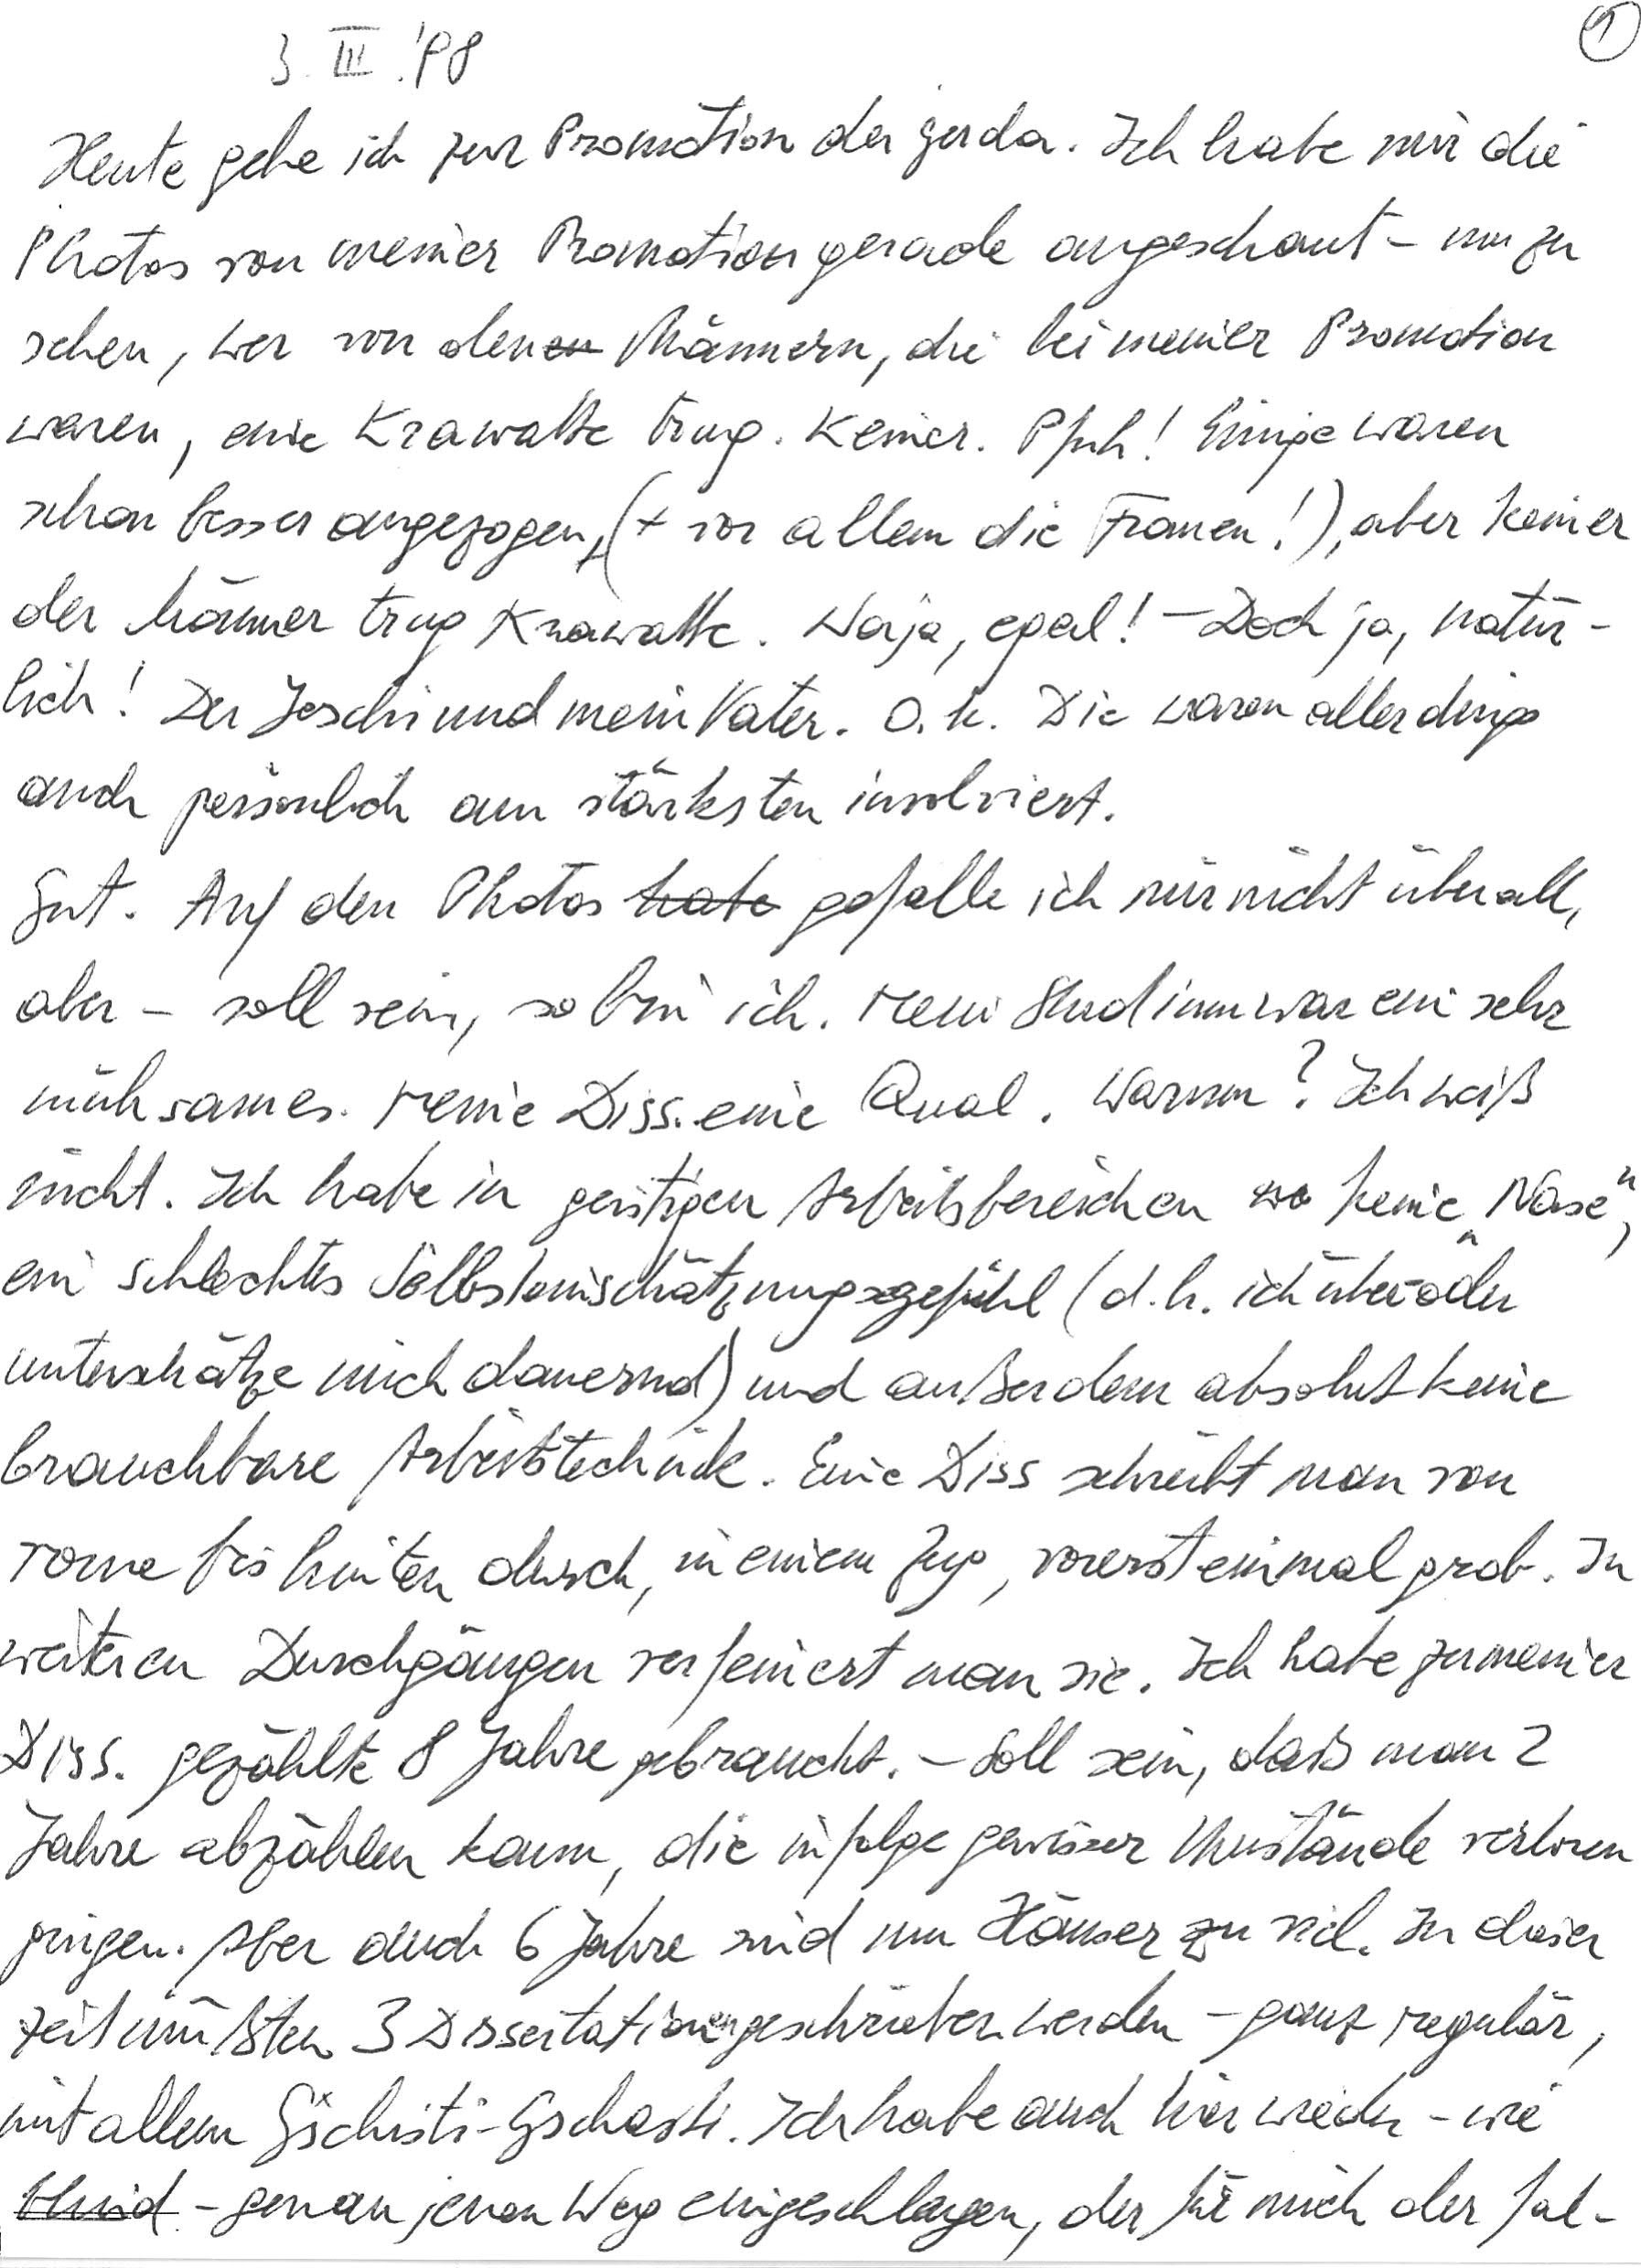
3. III. ‘98
Heute gehe ich zur Promotion der Gerda. Ich habe mir die
Photos von meiner Promotion gerade angeschaut – um zu
sehen, wer von den Männern, die bei meiner Promotion
waren, eine Krawatte trug. Keiner. Pfuh! Einige waren
schon besser angezogen (vor allem die Frauen!), aber keiner
der Männer trug Krawatte. Naja, egal! – Doch ja, natür-
lich! Der Joschi und mein Vater. O. k. Die waren allerdings
auch persönlich am stärksten involviert.
Gut. Auf den Photos gefalle ich mir nicht überall,
aber – soll sein, so bin ich. Mein Studium war ein sehr
mühsames. Meine Diss. eine Qual. Warum? Ich weiß
nicht. Ich habe in geistigen Arbeitsbereichen keine „Nase“,
ein schlechtes Selbsteinschätzungsgefühl (d. h. ich über- oder
unterschätze mich dauernd) und außerdem absolut keine
brauchbare Arbeitstechnik. Eine Diss. schreibt man von
vorne bis hinten durch, in einem Zug, vorerst einmal grob. In
weiteren Durchgängen verfeinert man sie. Ich habe zu meiner
Diss. gezählte 8 Jahre gebraucht. – Soll sein, daß man 2
Jahre abzählen kann, die infolge gewisser Umstände verloren
gingen. Aber auch 6 Jahre sind um Häuser zu viel. In dieser
Zeit müßten 3 Dissertationen geschrieben werden – ganz regulär,
mit allem Gschisti-Gschasti. Ich habe auch hier wieder – wie
blind – genau jenen Weg eingeschlagen, der für mich der fal-